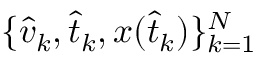
\{ \hat { v } _ { k } , \hat { t } _ { k } , x ( \hat { t } _ { k } ) \} _ { k = 1 } ^ { N }